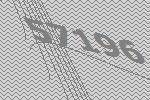
57196